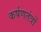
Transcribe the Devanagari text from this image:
कर्षणतंत्रों